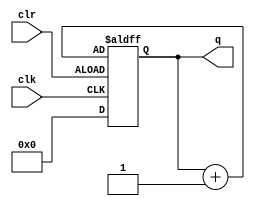
  module counter (clk, clr, q);
        input               clk, clr;
        output signed [4:0] q;
        reg    signed [4:0] tmp;
        always @ (posedge clk or negedge clr)
        begin
           if (clr)
              tmp <= 5'b00000;
           else
              tmp <= tmp + 1'b1;
        end
           assign q = tmp;
  endmodule

 module test;
 reg clr,clk;
 wire [4:0]  q;
 counter c(clk,clr,q);
 initial
  clk=1'b0;
always 
 #5 clk=~clk;
 initial 
begin 
$dumpfile("47.vcd");
$dumpvars(0,test);
#0 clr=1;
#7 clr=0;
end
initial
#650 $finish;
always @(posedge clk)
$monitor($time," clear=%b,q=%b",clr,q);
endmodule